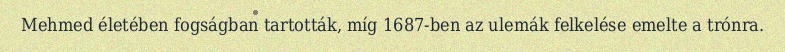
Mehmed életében fogságban tartották, míg 1687-ben az ulemák felkelése emelte a trónra.